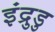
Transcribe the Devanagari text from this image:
इंद्रुडु